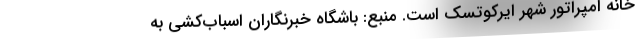
خانه امپراتور شهر ایرکوتسک است. منبع: باشگاه خبرنگاران اسباب‌كشي به